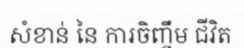
សំខាន់ នៃ ការចិញ្ចឹម ជីវិត